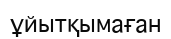
ұйытқымаған